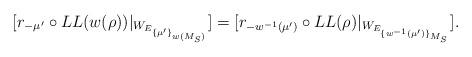
LaTeX: \begin{align*}[r_{- \mu'} \circ LL(w(\rho))|_{W_{E_{\{\mu'\}_{w(M_S)}}}}]=[r_{-w^{-1} (\mu')} \circ LL(\rho)|_{W_{E_{\{w^{-1}(\mu')\}_{M_S}}}}].\end{align*}